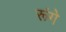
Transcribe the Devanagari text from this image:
रूंगे